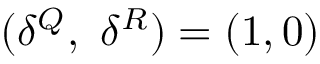
( \delta ^ { Q } , \ \delta ^ { R } ) = ( 1 , 0 )